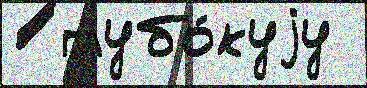
  глубо́куjу